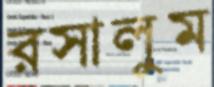
রসালুম